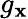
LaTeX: g_{\mathbf{x}}